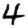
Digit: 4